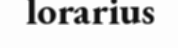
lorarius